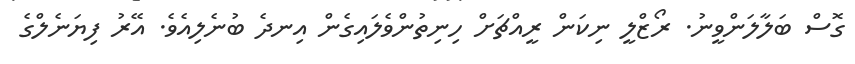
ގޮސް ބަލާލަންވީނު. ރޯޒްލީ ނިކަން ރީއްޗަށް ހިނިތުންވެލައިގެން އިނދެ ބުނެލިއެވެ. އޭރު ފިޔަނެލްގެ